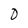
Character: O